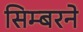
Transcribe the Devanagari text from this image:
सिम्बरने